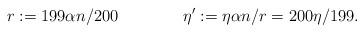
LaTeX: \begin{align*}r : = 199\alpha n/200 \ \ \ \ \ \ \ \ \ \ \ \ \eta' := \eta \alpha n/r=200\eta/199.\end{align*}